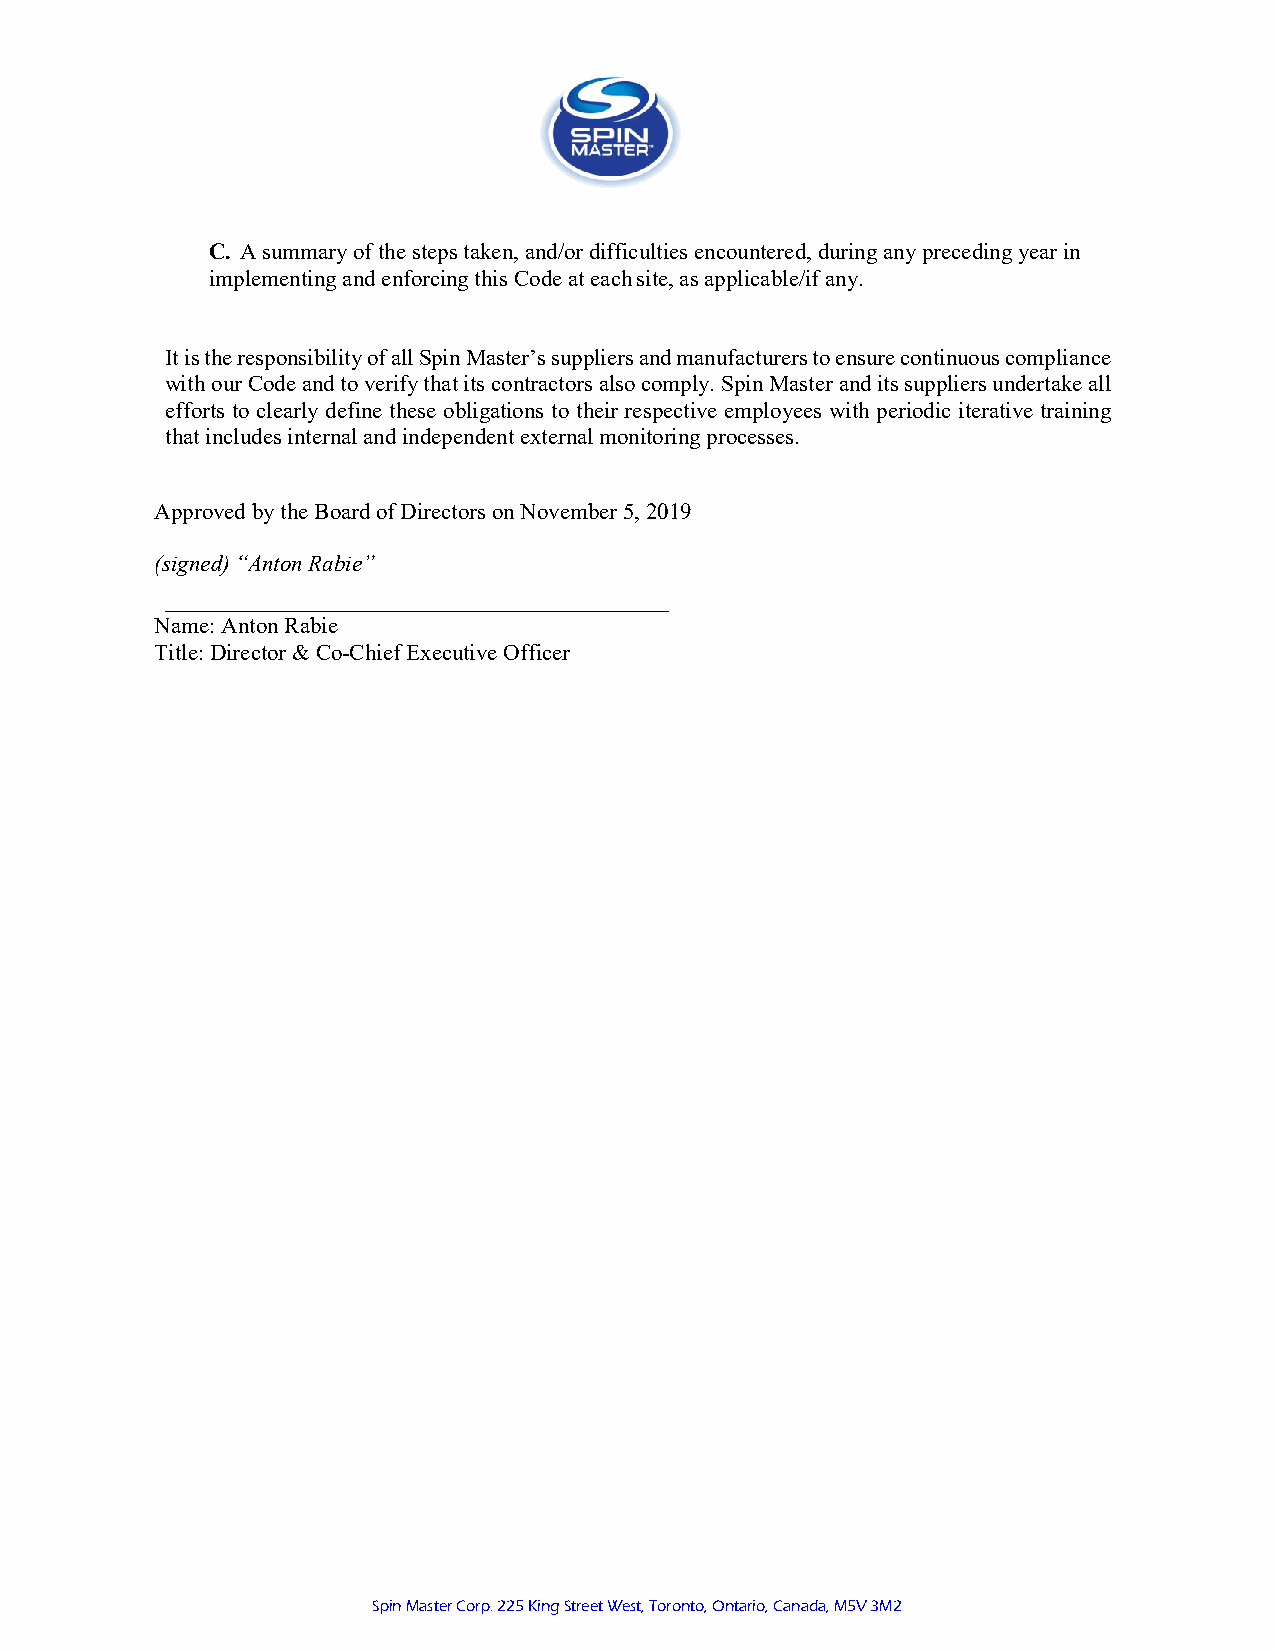
C. A summary of the steps taken, and/or difficulties encountered, during any preceding year in
 implementing and enforcing this Code at each site, as applicable/if any.
 It is the responsibility of all Spin Master’s suppliers and manufacturers to ensure continuous compliance
 with our Code and to verify that its contractors also comply. Spin Master and its suppliers undertake all
 efforts to clearly define these obligations to their respective employees with periodic iterative training
 that includes internal and independent external monitoring processes.
 Approved by the Board of Directors on November 5, 2019
 (signed) “Anton Rabie”
 Name: Anton Rabie
 Title: Director & Co-Chief Executive Officer
 Spin Master Corp. 225 King Street West, Toronto, Ontario, Canada, M5V 3M2